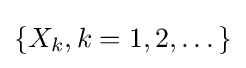
\{X_{k},k=1,2,\dots \}